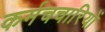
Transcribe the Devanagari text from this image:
कर्मचचारियों